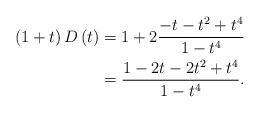
LaTeX: \begin{align*}\left( 1+t\right) D\left( t\right) & =1+2\frac{-t-t^{2}+t^{4}}{1-t^{4}}\\& =\frac{1-2t-2t^{2}+t^{4}}{1-t^{4}}.\end{align*}